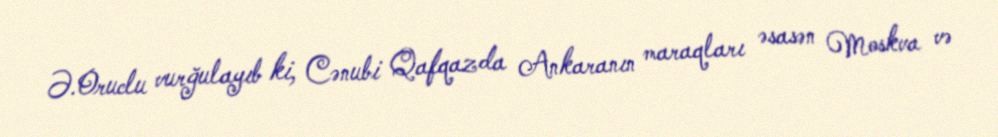
Ə.Oruclu vurğulayıb ki, Cənubi Qafqazda Ankaranın maraqları əsasən Moskva və